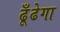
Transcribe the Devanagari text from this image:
ढूँढेगा